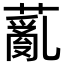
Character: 薍